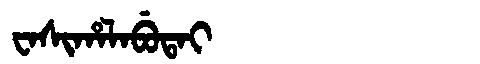
Manchu: ᠸᠠᠰᡳᡥᠠᠯᠠᠪᡠᡨᠠᡳ
Romanization: WASIHALABUTAI